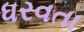
ધરવતા